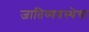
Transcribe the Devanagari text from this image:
जातिव्यवस्थेचा